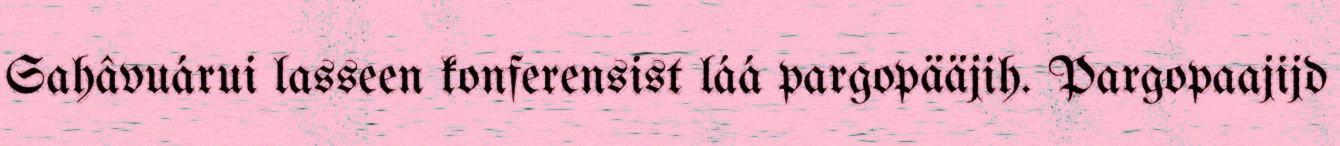
Sahâvuárui lasseen konferensist láá pargopääjih. Pargopaajijd